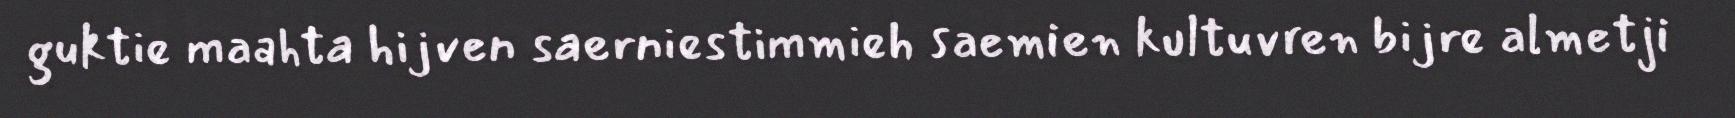
guktie maahta hijven saerniestimmieh saemien kultuvren bijre almetji